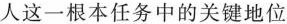
人这一根本任务中的关键地位